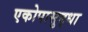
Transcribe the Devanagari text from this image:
एकोपासुद्धा